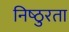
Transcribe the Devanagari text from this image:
निष्‍ठुरता